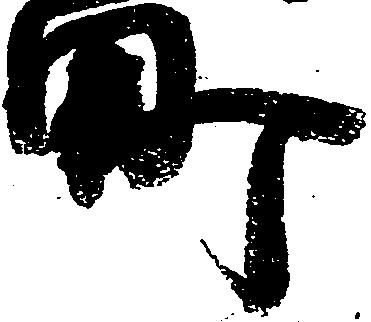
町